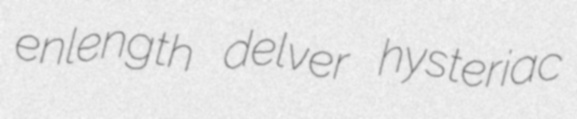
enlength delver hysteriac